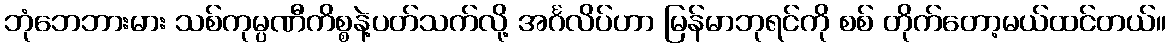
ဘုံဘေဘားမား သစ်ကုမ္ပဏီကိစ္စနဲ့ပတ်သက်လို့ အင်္ဂလိပ်ဟာ မြန်မာဘုရင်ကို စစ် တိုက်တော့မယ်ထင်တယ်။